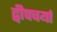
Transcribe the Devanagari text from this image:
द्वीपचर्या